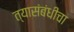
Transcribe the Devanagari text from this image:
त्यासंबंधीचा